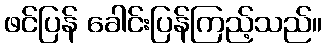
ဖင်ပြန် ခေါင်းပြန်ကြည့်သည်။